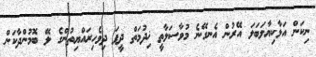
ނިކަން އަޅާކިޔާލަބަލަ އޭރުން އެނގޭނެ މުވާސަލާތީ ޚިދުމަތް ދީފަ ދިވެހިރައްޔިތުންގެ ލޭ ބޮމުންދާކަން